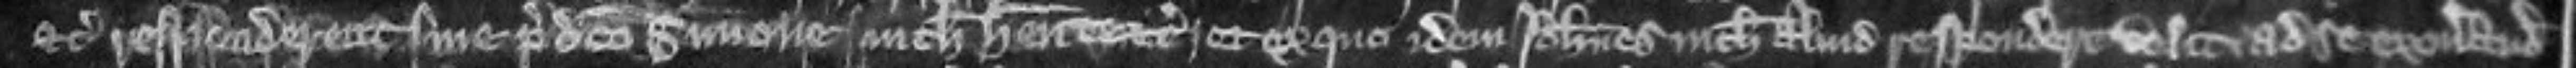
etc responderent sine predicto Simone nichil habente etc et ex quo idem Johannes nichil aliud respondere velit ad se exonerandum